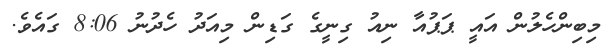
މިބިންހެލުން އައީ ޕަޕުއާ ނިއު ގިނީގެ ގަޑިން މިއަދު ހެދުނު 8:06 ގައެވެ.